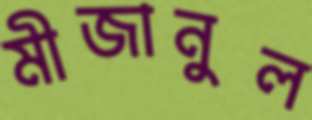
মীজানুল